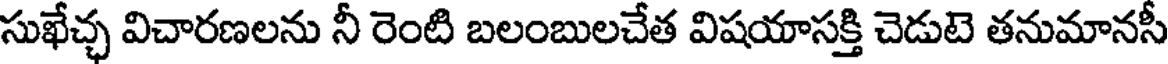
సుఖేచ్చ విచారణలను నీ రెంటి బలంబులచేత విషయాసక్తి చెడుటె తనుమానసీ